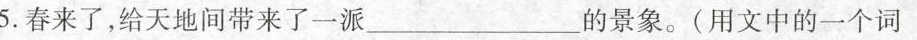
5.春来了，给天地间带来了一派___的景象。(用文中的一个词